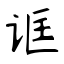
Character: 诓